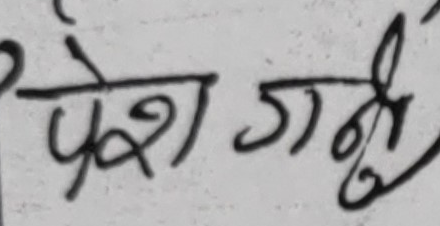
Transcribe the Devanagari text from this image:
पेश गर्नु